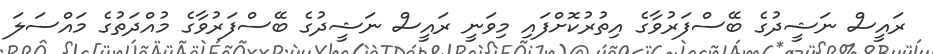
ރައީސް ނަޝީދުގެ ބޭސްފަރުވާގެ އިތުރުކޮށްފައި މިވަނީ ރައީސް ނަޝީދުގެ ބޭސްފަރުވާގެ މުއްދަތުގެ މައްސަލަ